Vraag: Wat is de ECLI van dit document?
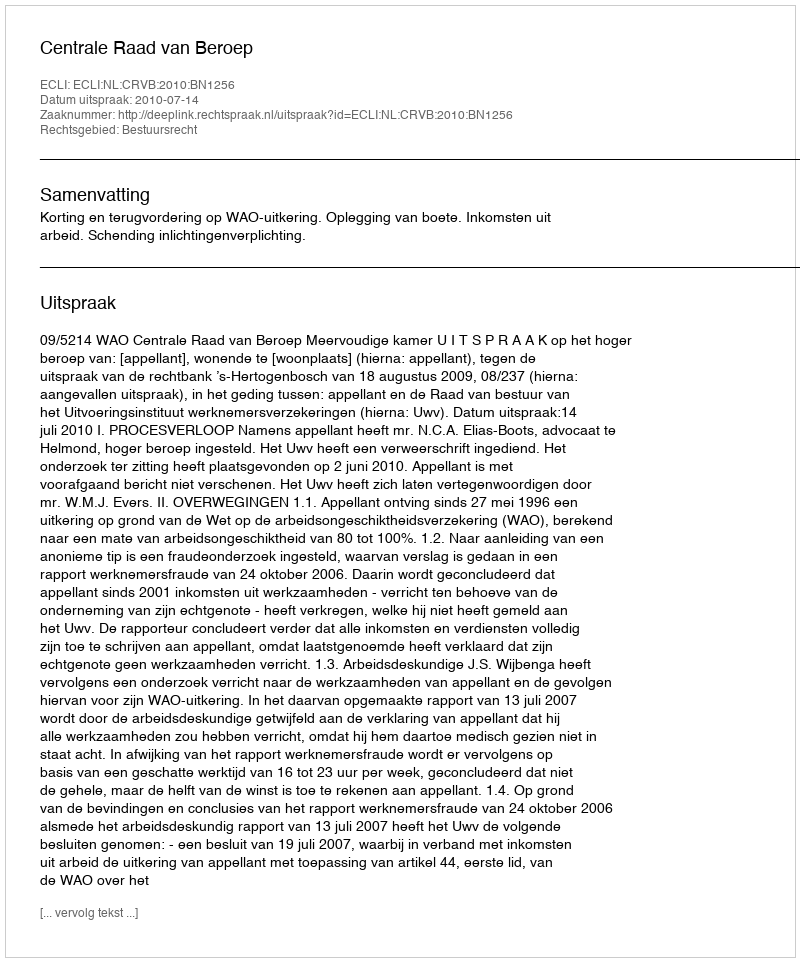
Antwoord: ECLI:NL:CRVB:2010:BN1256